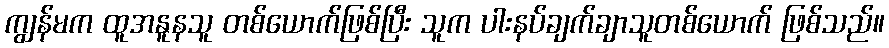
ကျွန်မက ထူအနူနသူ တစ်ယောက်ဖြစ်ပြီး သူက ပါးနပ်ချက်ချာသူတစ်ယောက် ဖြစ်သည်။